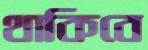
থাকিবে